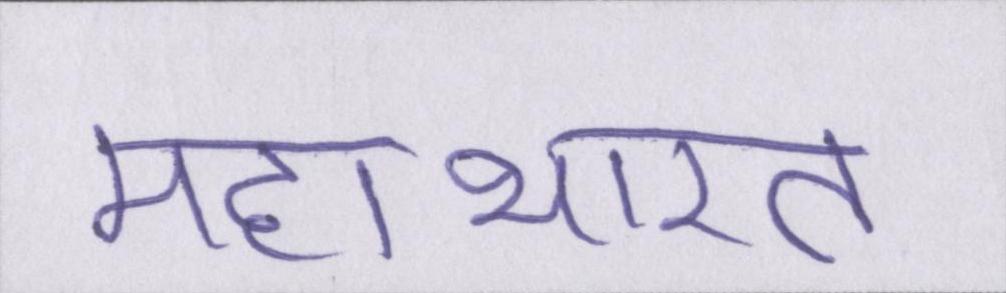
महाभारत